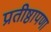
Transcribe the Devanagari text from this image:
प्रतीष्ठापणा